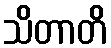
သိတာတိ